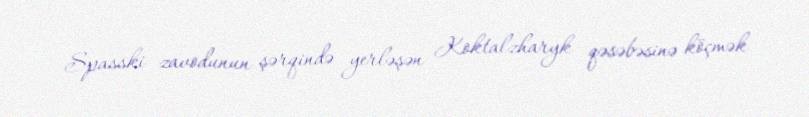
Spasski zavodunun şərqində yerləşən Koktalzharyk qəsəbəsinə köçmək